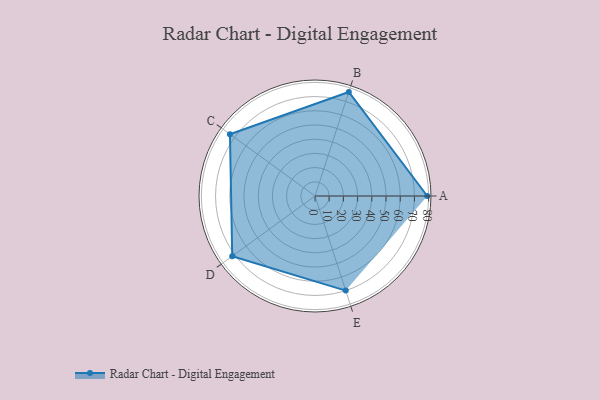
{"axis": {"x": "Skill", "y": "Score"}, "legend": ["Profile"], "data": [{"x": "A", "y": 79.0, "type": "Profile"}, {"x": "B", "y": 77.0, "type": "Profile"}, {"x": "C", "y": 74.0, "type": "Profile"}, {"x": "D", "y": 72.0, "type": "Profile"}, {"x": "E", "y": 70.0, "type": "Profile"}]}